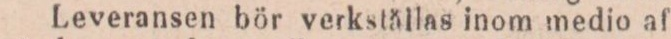
Leveransen bör verkstållas inom medio af